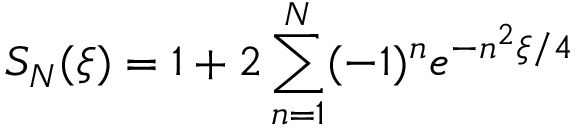
S _ { N } ( \xi ) = 1 + 2 \sum _ { n = 1 } ^ { N } ( - 1 ) ^ { n } e ^ { - n ^ { 2 } \xi / 4 }